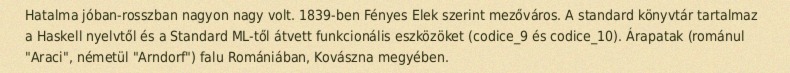
Hatalma jóban-rosszban nagyon nagy volt. 1839-ben Fényes Elek szerint mezőváros. A standard könyvtár tartalmaz a Haskell nyelvtől és a Standard ML-től átvett funkcionális eszközöket (codice_9 és codice_10). Árapatak (románul "Araci", németül "Arndorf") falu Romániában, Kovászna megyében.